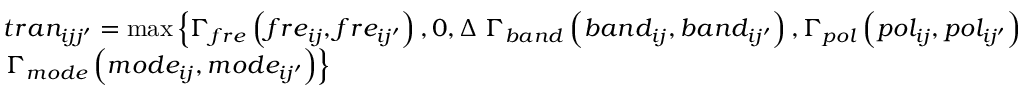
\begin{array} { l } { t r a { n _ { i j j ^ { \prime } } } = \operatorname* { m a x } \left\{ { { \Gamma _ { f r e } } \left( { f r { e _ { i j } } , f r { e _ { i j ^ { \prime } } } } \right) , 0 , \Delta } \right. { \Gamma _ { b a n d } } \left( { b a n { d _ { i j } } , b a n { d _ { i j ^ { \prime } } } } \right) , { \Gamma _ { p o l } } \left( { p o { l _ { i j } } , p o { l _ { i j ^ { \prime } } } } \right) } \\ { \left. { { \Gamma _ { m o d e } } \left( { m o d { e _ { i j } } , m o d { e _ { i j ^ { \prime } } } } \right) } \right\} } \end{array}